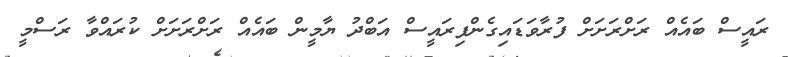
ރައީސް ބައެއް ރަށްރަށަށް ފުރާވަޑައިގެންފިރައީސް އަބްދު ޔާމީން ބައެއް ރަށްރަށަށް ކުރައްވާ ރަސްމީ